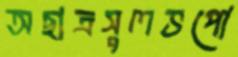
অছাত্রসুলভপো